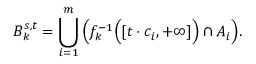
B _ { k } ^ { s , t } = \bigcup _ { i = 1 } ^ { m } { \Bigl ( } f _ { k } ^ { - 1 } { \Bigl ( } [ t \cdot c _ { i } , + \infty ] { \Bigr ) } \cap A _ { i } { \Bigr ) } .